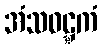
အံသဝဋ္ဋကံ